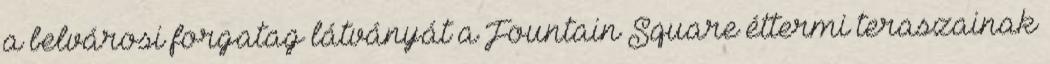
a belvárosi forgatag látványát a Fountain Square éttermi teraszainak